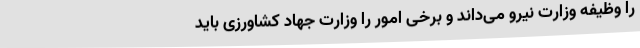
را وظیفه وزارت نیرو می‌داند و برخی امور را وزارت جهاد کشاورزی باید